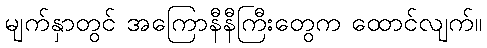
မျက်နှာတွင် အကြောနီနီကြီးတွေက ထောင်လျက်။